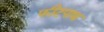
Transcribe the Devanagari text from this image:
फीटपाथ